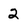
Character: 2